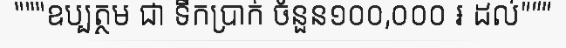
"""ឧប្បត្ថម ជា ទឹកប្រាក់ ចំនួន១០០,០០០ ៛ ដល់"""